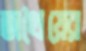
তাথৈয়ের